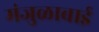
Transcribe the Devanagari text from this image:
मंजुळाबाई